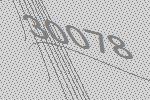
30078